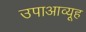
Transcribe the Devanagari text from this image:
उपाआव्यूह